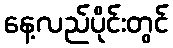
နေ့လည်ပိုင်းတွင်